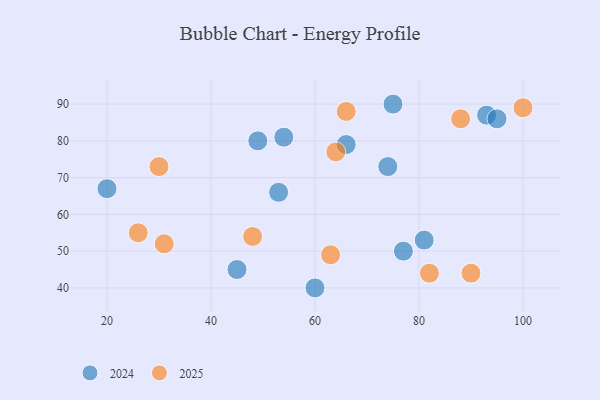
{"axis": {"x": "GDP", "y": "Life Expectancy"}, "legend": ["2024", "2025"], "data": [{"x": "31", "y": 52, "type": "2025"}, {"x": "82", "y": 44, "type": "2025"}, {"x": "48", "y": 54, "type": "2025"}, {"x": "88", "y": 86, "type": "2025"}, {"x": "63", "y": 49, "type": "2025"}, {"x": "30", "y": 73, "type": "2025"}, {"x": "100", "y": 89, "type": "2025"}, {"x": "66", "y": 88, "type": "2025"}, {"x": "64", "y": 77, "type": "2025"}, {"x": "90", "y": 44, "type": "2025"}, {"x": "26", "y": 55, "type": "2025"}, {"x": "45", "y": 45, "type": "2024"}, {"x": "66", "y": 79, "type": "2024"}, {"x": "81", "y": 53, "type": "2024"}, {"x": "49", "y": 80, "type": "2024"}, {"x": "20", "y": 67, "type": "2024"}, {"x": "93", "y": 87, "type": "2024"}, {"x": "74", "y": 73, "type": "2024"}, {"x": "54", "y": 81, "type": "2024"}, {"x": "53", "y": 66, "type": "2024"}, {"x": "77", "y": 50, "type": "2024"}, {"x": "60", "y": 40, "type": "2024"}, {"x": "75", "y": 90, "type": "2024"}, {"x": "95", "y": 86, "type": "2024"}]}